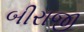
બીરાજી